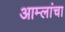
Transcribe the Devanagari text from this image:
आम्लांचा